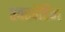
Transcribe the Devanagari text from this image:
एक्स्पेंडिंग